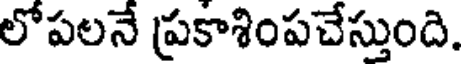
లోపలనే ప్రకాశింపచేస్తుంది.